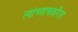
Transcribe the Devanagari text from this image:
त्यांच्याचकरिता